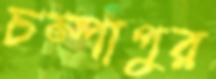
চম্পাপুর